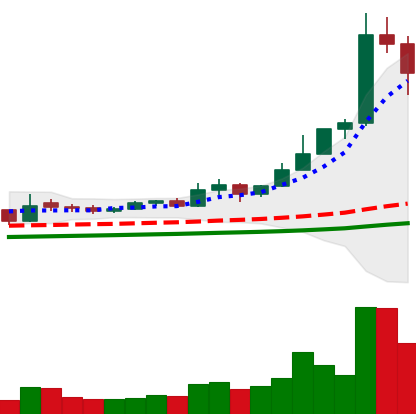
Ticker: ETC-USD
Chart end date: 2021-02-15
Forward return: 3.162%
Label: up_3_5